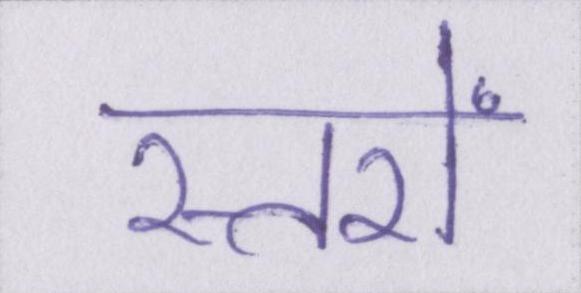
स्तरों